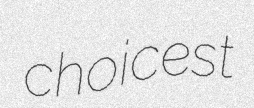
choicest